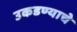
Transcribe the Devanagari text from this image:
उकडण्याचे